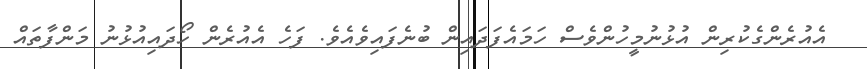
އެއުރެންގެކުރިން އުޅުނުމީހުންވެސް ހަމައެފަދައިން ބުނެފައިވެއެވެ. ފަހެ އެއުރެން ހޯދައިއުޅުނު މަންފާތައް